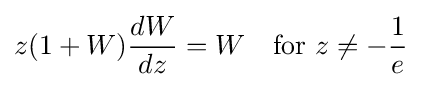
z(1+W){\frac {dW}{dz}}=W\quad {\text{for }}z\neq -{\frac {1}{e}}